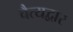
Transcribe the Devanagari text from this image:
चैत्यद्वार